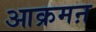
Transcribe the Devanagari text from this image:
आक्रमऩ